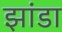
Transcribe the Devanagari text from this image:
झांडा